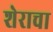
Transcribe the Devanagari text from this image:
शेराचा